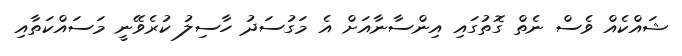
ޝައްކެއް ވެސް ނެތް ގޮތުގައި އިންސާނާއަށް އެ މަގުސަދު ހާސިލު ކުރެވޭނީ މަސައްކަތާއި